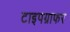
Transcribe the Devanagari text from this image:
टाइपग्राफर